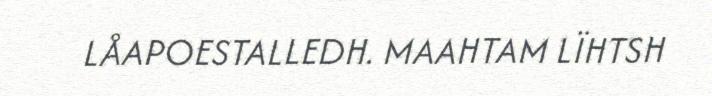
LÅAPOESTALLEDH. MAAHTAM LÏHTSH